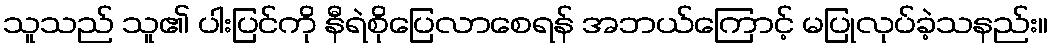
သူသည် သူ၏ ပါးပြင်ကို နီရဲစိုပြေလာစေရန် အဘယ်ကြောင့် မပြုလုပ်ခဲ့သနည်း။